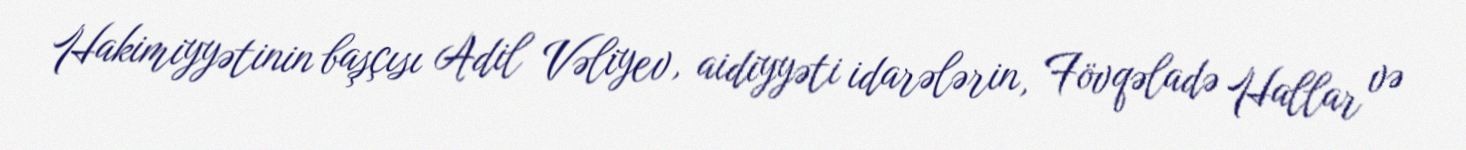
Hakimiyyətinin başçısı Adil Vəliyev, aidiyyəti idarələrin, Fövqəladə Hallar və